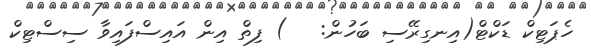
ހެޕަޓިކް ޑަކްޓް(އިނގިރޭސި ބަހުން:   ) ފިތް އިން އައިސްފައިވާ ސިސްޓިކް